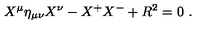
X ^ { \mu } \eta _ { \mu \nu } X ^ { \nu } - X ^ { + } X ^ { - } + R ^ { 2 } = 0 \ .